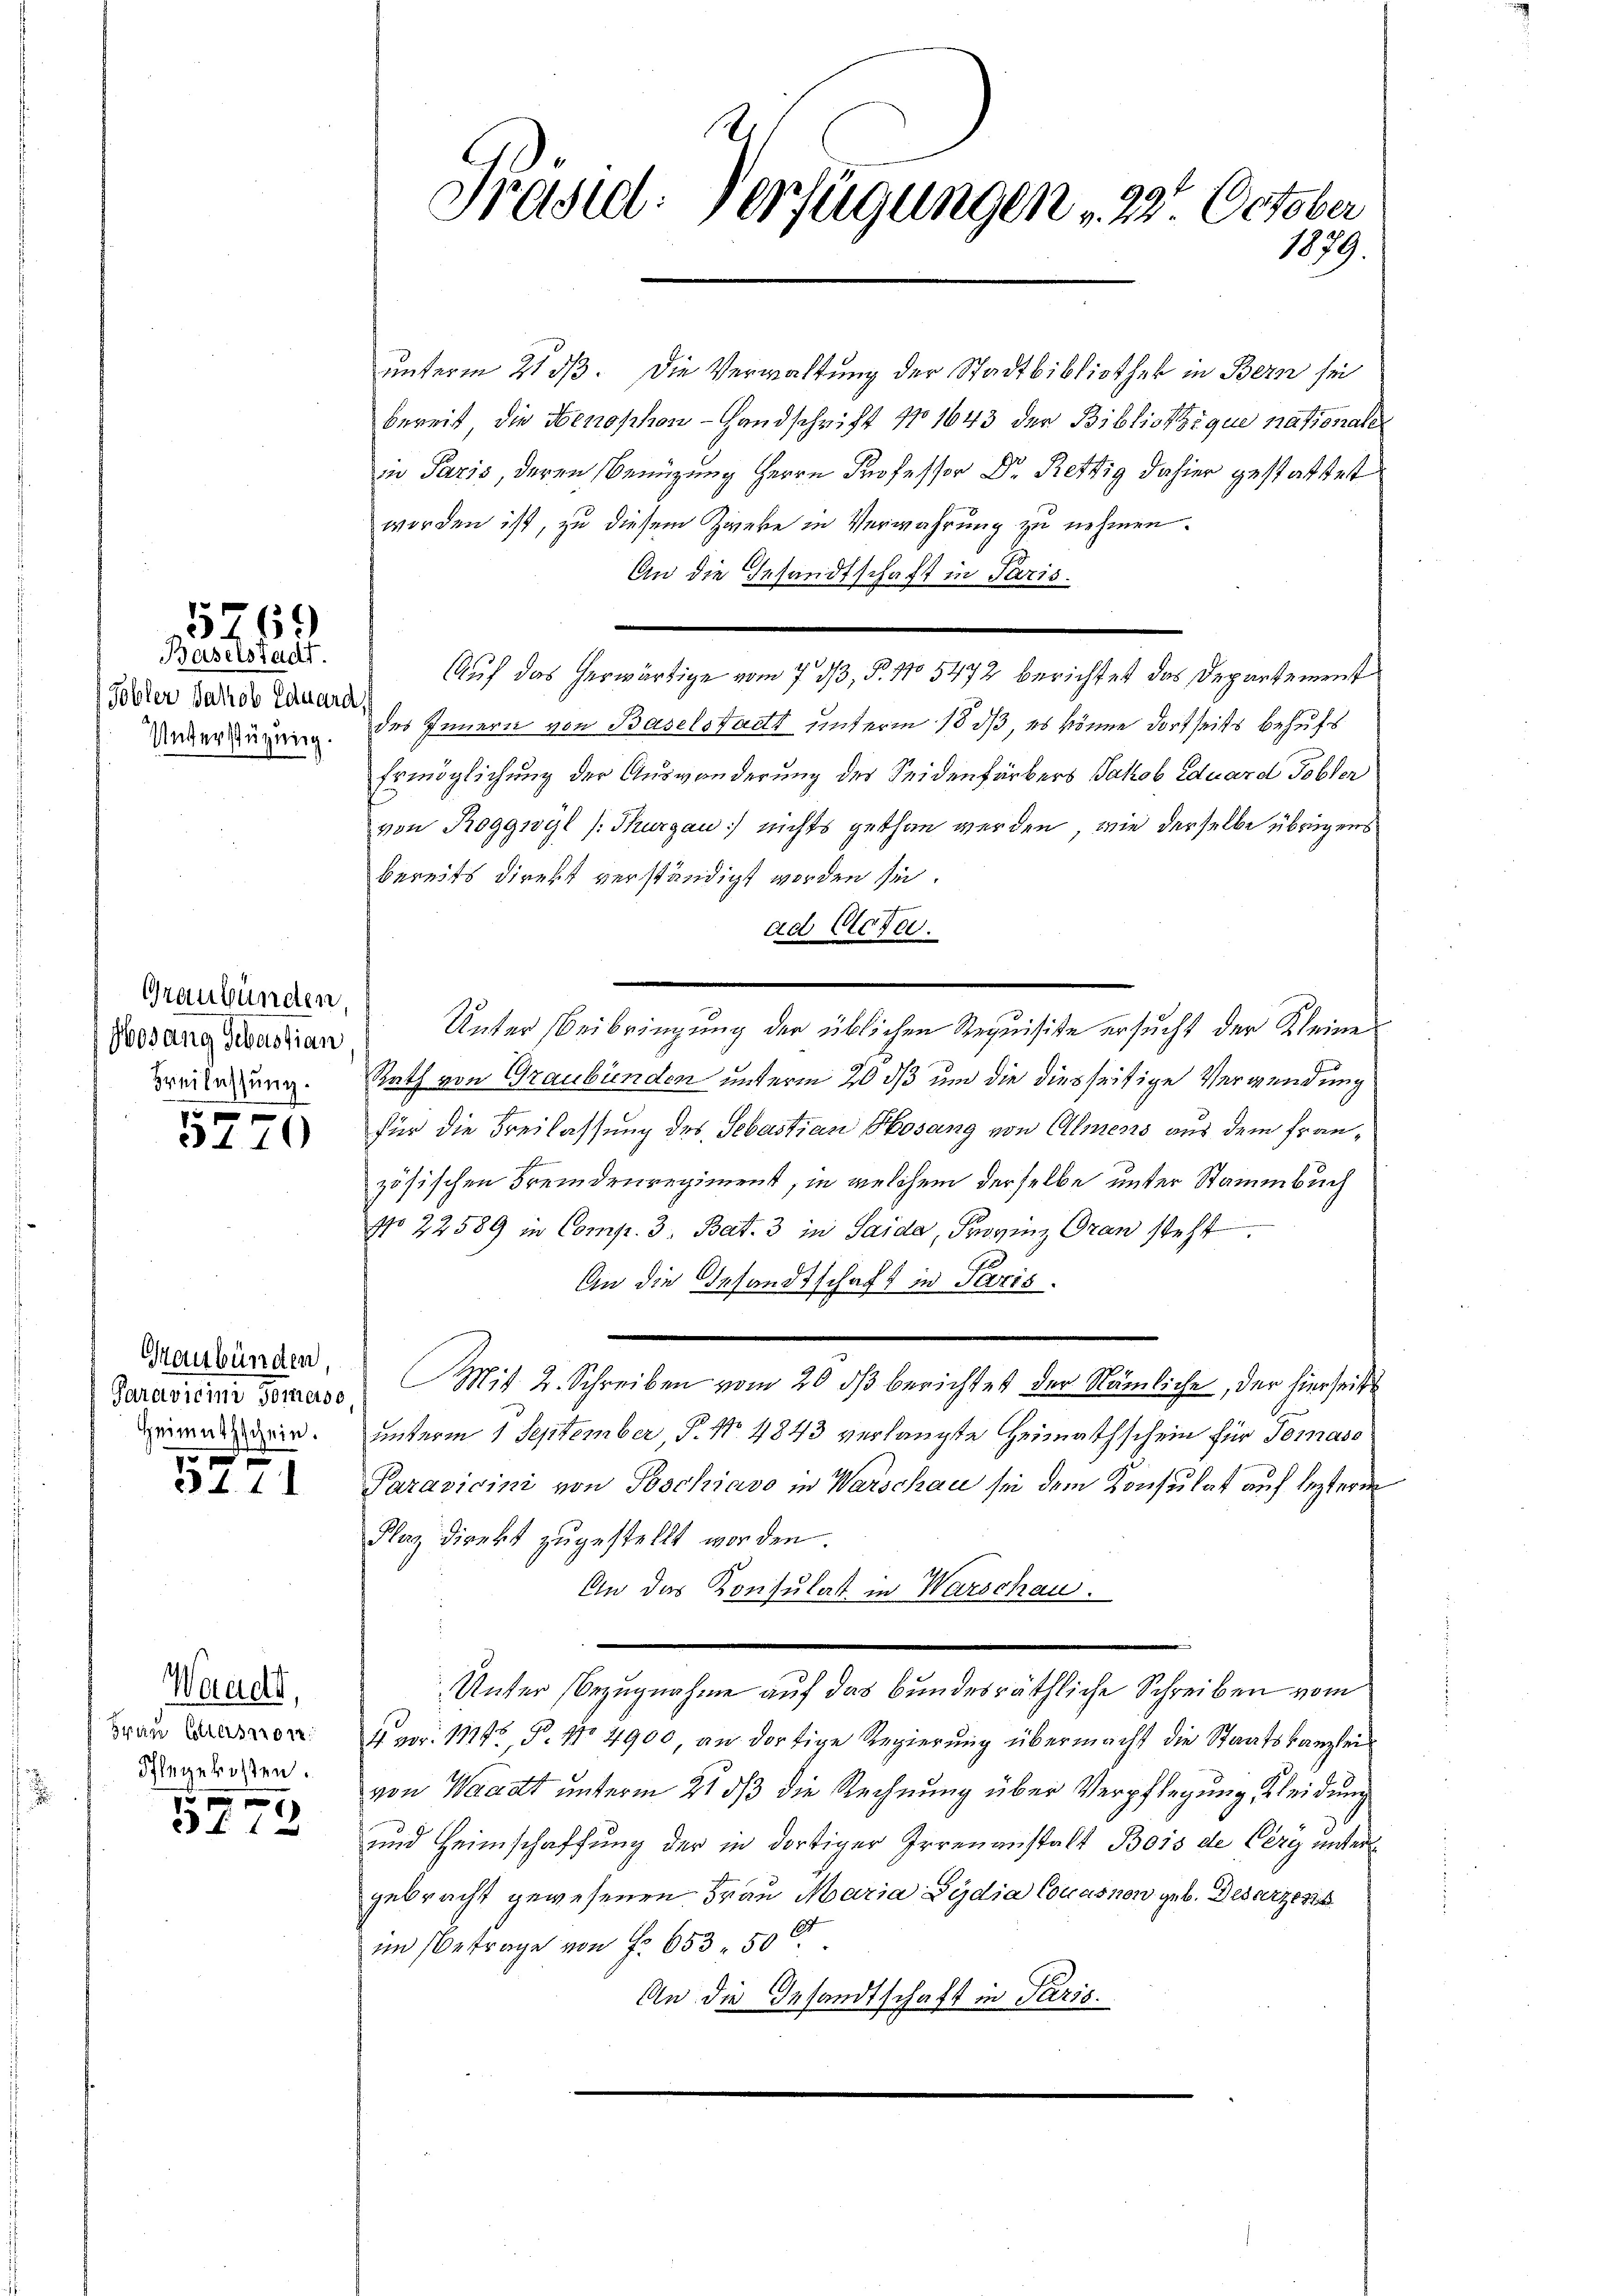
s

5769

Baselstadt.
Tobler Jakob Eduard,
Unterstüzung.

Graubünden.
Hosang Sebastian
Beilassung.

10 f 0 x
21.10

Staubünden,
Heimathschein.

5271

Waadt,
Biere Elterson
Phlegekosten.
f 0 x

33 f 12

Präsidl.) erfügungen , 23 October
1879.

unterm 21. 53. Die Verwaltung der Stadtbibliothek in Bern sei
bereit, die Genoschon - Handschrift No 1643 der Bibliothèque nationale
in Paris, deren Benützung Herrn Professor Dr. Rettig dahier gestattet
worden ist, zu diesem Zweke in Verwahrung zu nehmen.
An die Gesandtschaft in Paris.
Auf das herwärtige vom 7. dß, P. No 5472 berichtet das Departement
des Innern von Baselstadt unterm 18 dß, es könne dortseits behufs
Ermöglichung der Auswanderung der Seidenfärbers Jakob Eduard Tobler
von Roggwyl (Thurgau) nichts gethan werden, wie derselbe übrigens
bereits direkt verständigt werden sei.
ad Acta.
Unter Beibringung der üblichen Requisite ersucht der Kleine
Rath von Graubünden unterm 20 dß um die diesseitige Verwendung
für die Freilassung des Sebastian Hosang von Almens aus dem französischen Fremdenregiment, in welchem derselbe unter Stammbuch
No 22589 in Comp. 3. Bat. 3 in Saida, Provinz Gran steht.
An die Gesandtschaft in Paris.
Taravseine Vorause. Mit 2. Schreiben vom 20. dβ berichtet der Nämliche, der hierseits
unterm 1 September P. No 4843 verlangte Heimathschein für Tomase
Paravicini von Toschiavo in Warschau sei dem Konsulat auf lezteren
Flag direkt zugestellt worden.
An das Konsulat in Warschau.
Unter Bezugnahme auf das bundesräthliche Schreiben vom
1 vor. 1114, P. No 4900, an dortige Regierung übermacht die Staatskanzlei
von Waadt unterm 21 dß die Rechnung über Verpflegung, Kleidung
und Heimschaffung der in dortiger Irrenanstalt Bois de Cery untergebracht gewesenen Frau Maria Lydia Coccasion geb. Deserzest
im Betrage von No 653. 500.
An die Gesandtschaft in Paris.